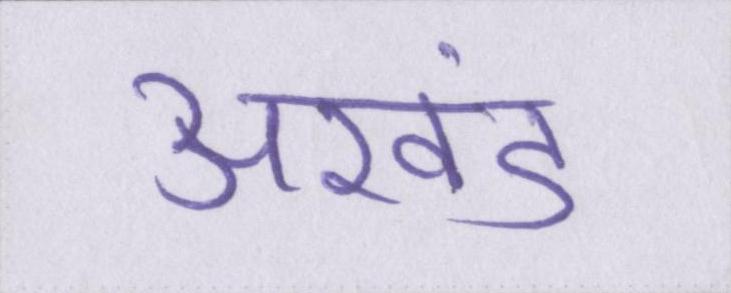
अखंड